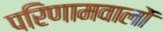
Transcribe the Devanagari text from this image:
परिणामवालों